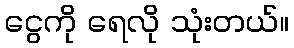
ငွေကို ရေလို သုံးတယ်။